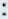
: